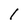
Character: l